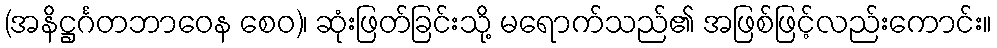
(အနိဋ္ဌင်္ဂတဘာဝေန စေဝ)၊ ဆုံးဖြတ်ခြင်းသို့ မရောက်သည်၏ အဖြစ်ဖြင့်လည်းကောင်း။